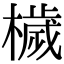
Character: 檅